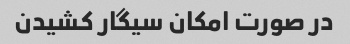
در صورت امکان سیگار کشیدن